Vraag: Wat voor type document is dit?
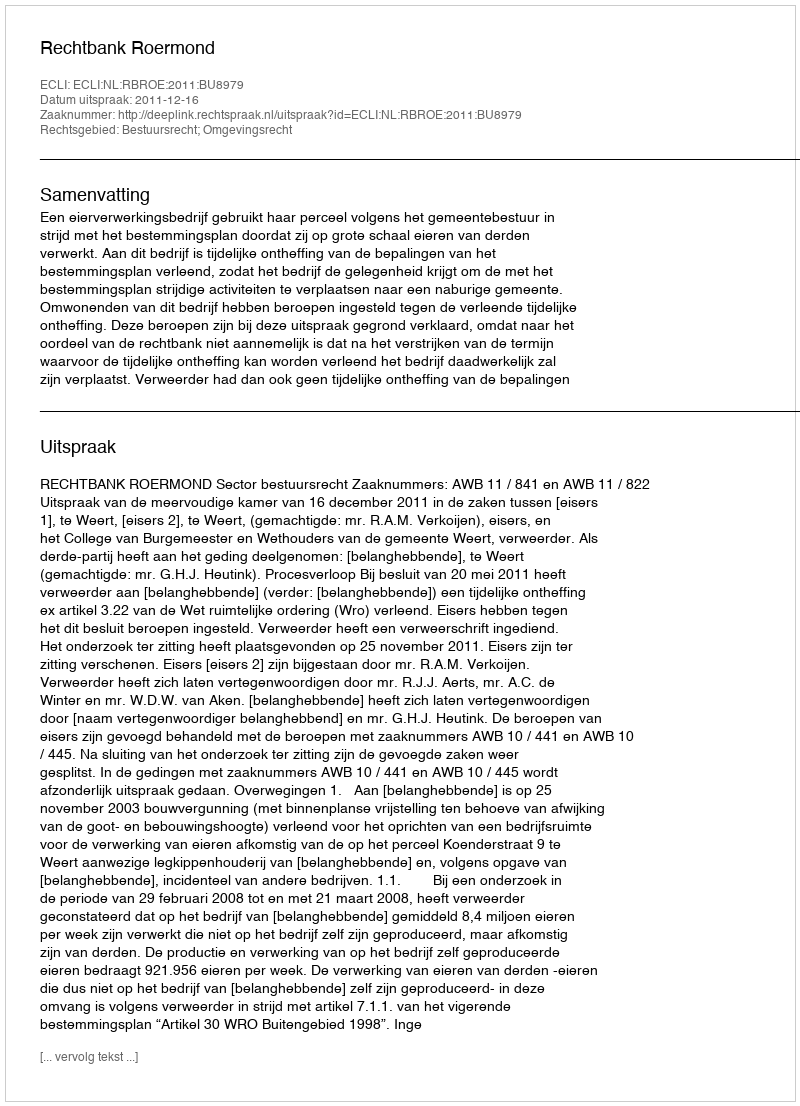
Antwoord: Uitspraak